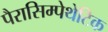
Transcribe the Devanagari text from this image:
पैरासिम्पेथेटिक